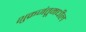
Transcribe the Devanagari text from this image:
शुक्रजंतूमधील